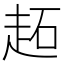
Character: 䞠